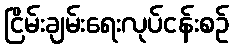
ငြိမ်းချမ်းရေးလုပ်ငန်းစဉ်